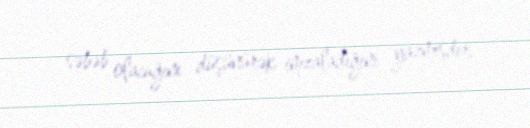
səbəb olacağını düşünürək imzaladığını yazmışdır.